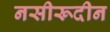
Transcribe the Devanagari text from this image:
नसीरूदीन